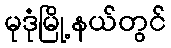
မုဒုံမြို့နယ်တွင်